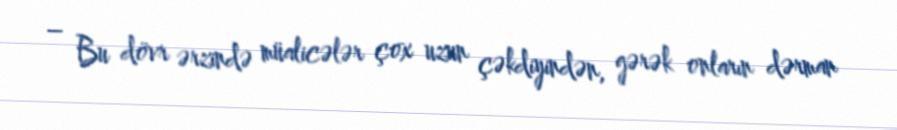
– Bu dövr ərzində müalicələr çox uzun çəkdiyindən, gərək onların dərman